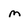
Character: m